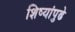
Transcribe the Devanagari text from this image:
शिष्यांपुढे